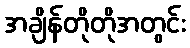
အချိန်တိုတိုအတွင်း